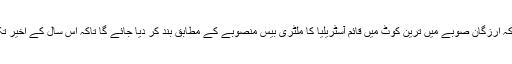
آسٹریلیا کے وزیرِ دفاع سٹیون سمتھ نے کہا ہے کہ ارزگان صوبے میں ترین کوٹ میں قائم آسٹریلیا کا ملٹری بیس منصوبے کے مطابق بند کر دیا جائے گا تاکہ اس سال کے اخیر تک آسٹریلوی فوجیوں کو وطن واپس لایا جا سکے۔